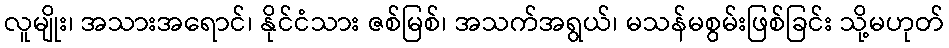
လူမျိုး၊ အသားအရောင်၊ နိုင်ငံသား ဇစ်မြစ်၊ အသက်အရွယ်၊ မသန်မစွမ်းဖြစ်ခြင်း သို့မဟုတ်